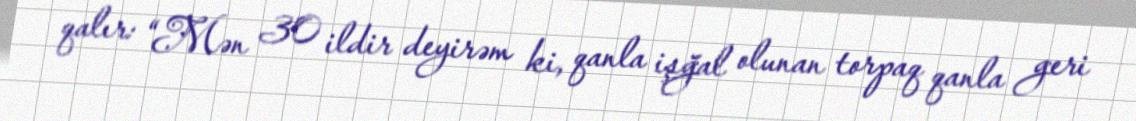
qalır: “Mən 30 ildir deyirəm ki, qanla işğal olunan torpaq qanla geri